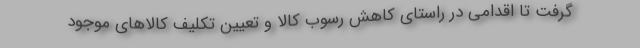
گرفت تا اقدامی در راستای کاهش رسوب کالا و تعیین تکلیف کالاهای موجود